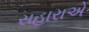
સહારાએ